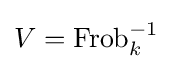
V=\mathrm {Frob} _{k}^{-1}